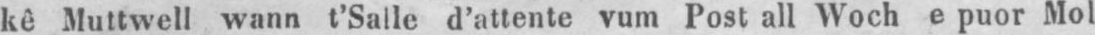
kê Muttwell wann t’Salle d’attente vum Post all Woch e puor Mol